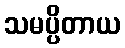
သမပ္ပိတာယ